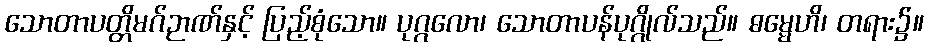
သောတာပတ္တိမဂ်ဉာဏ်နှင့် ပြည့်စုံသော။ ပုဂ္ဂလော၊ သောတာပန်ပုဂ္ဂိုလ်သည်။ ဓမ္မေဟိ၊ တရား၌။